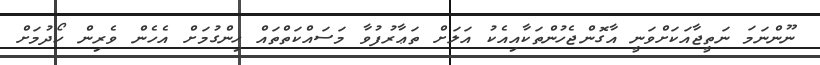
ނޫންނަމަ ނަތީޖާއަކަށްވަނީ އާގޮންޖެހުންތަކާއިއެކު އަލަށް ތަޢާރުފުވާ މަސައްކަތްތައް ހިންގުމަށް އެހެން ވެރިން ހޯދުމަށް